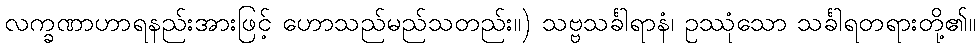
လက္ခဏာဟာရနည်းအားဖြင့် ဟောသည်မည်သတည်း။) သဗ္ဗသင်္ခါရာနံ၊ ဥဿုံသော သင်္ခါရတရားတို့၏။